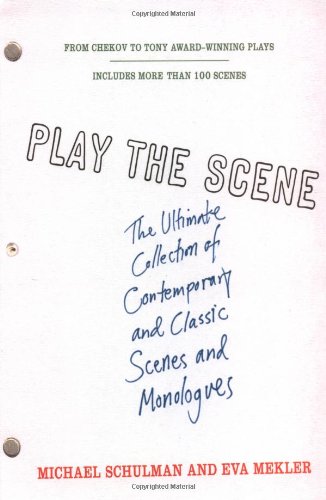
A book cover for Play the Scene: The Ultimate Collection of Contemporary and Classic Scenes and Monologues; Literature & Fiction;